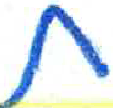
אות: ת